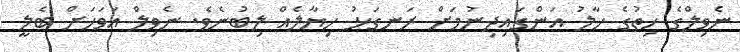
ނެވިލްގެ ހިތުގެ ހާލު އަންގައިދިނުމަށް ރަނގަޅު ހިޔާލެއް ލިބުނެވެ. ނެވިލް އަވަހަށް ބެލީ